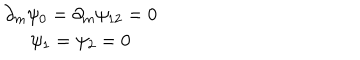
\begin{array} { c } { { \partial _ { m } \psi _ { 0 } = \partial _ { m } \psi _ { 1 2 } = 0 } } \\ { { \psi _ { 1 } = \psi _ { 2 } = 0 } } \\ \end{array}